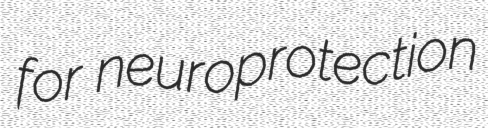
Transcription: for neuroprotection